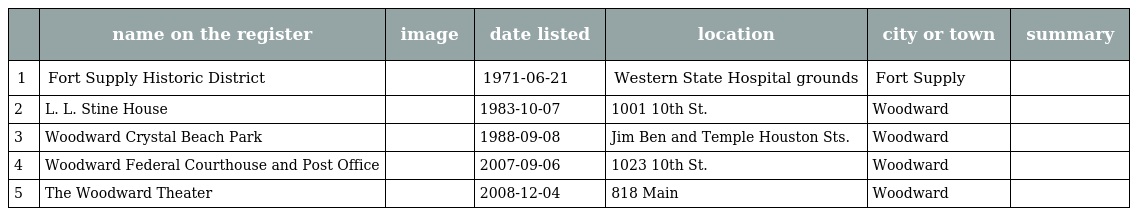
|  | name on the register | image | date listed | location | city or town | summary |
 | --- | --- | --- | --- | --- | --- | --- |
 | 1 | Fort Supply Historic District |  | 1971-06-21 | Western State Hospital grounds | Fort Supply |  |
 | 2 | L. L. Stine House |  | 1983-10-07 | 1001 10th St. | Woodward |  |
 | 3 | Woodward Crystal Beach Park |  | 1988-09-08 | Jim Ben and Temple Houston Sts. | Woodward |  |
 | 4 | Woodward Federal Courthouse and Post Office |  | 2007-09-06 | 1023 10th St. | Woodward |  |
 | 5 | The Woodward Theater |  | 2008-12-04 | 818 Main | Woodward |  |